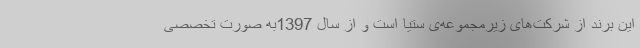
این برند از شرکت‌های زیرمجموعه‌ی ستیا است و از سال 1397به صورت تخصصی